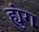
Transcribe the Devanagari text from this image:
ह्युंग